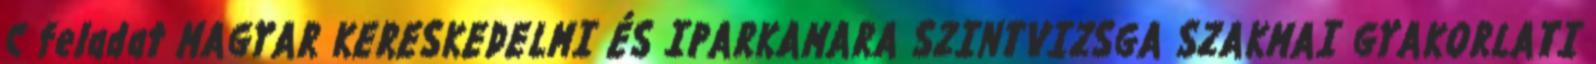
C feladat MAGYAR KERESKEDELMI ÉS IPARKAMARA SZINTVIZSGA SZAKMAI GYAKORLATI